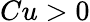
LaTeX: Cu>0